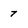
Character: 7